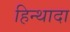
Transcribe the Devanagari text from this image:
हिन्थादा